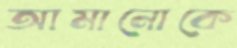
আমানোকে